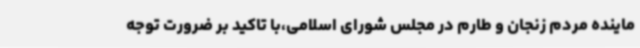
ماینده مردم زنجان و طارم در مجلس شورای اسلامی،با تاکید بر ضرورت توجه